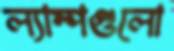
ল্যাম্পগুলো